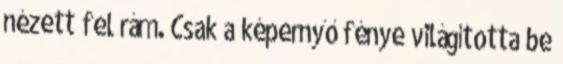
nézett fel rám. Csak a képernyő fénye világította be